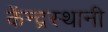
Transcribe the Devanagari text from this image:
केंन्द्रस्थानी